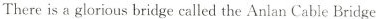
Thereis a glorious bridge called the Anlan Cable Bridge